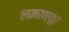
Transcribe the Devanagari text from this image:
लमरम्यूर